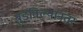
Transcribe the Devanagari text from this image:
बुडविल्यानंतर